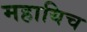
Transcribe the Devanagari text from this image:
महायिच